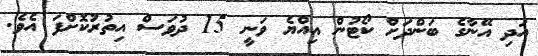
އަދި އޭނާގެ ބަންދަށް ކޯޓުން އިއްޔެ ވަނީ 15 ދުވަސް އިތުރުކޮށްފަ އެވެ.